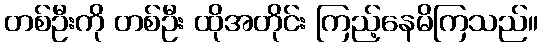
တစ်ဦးကို တစ်ဦး ထိုအတိုင်း ကြည့်နေမိကြသည်။